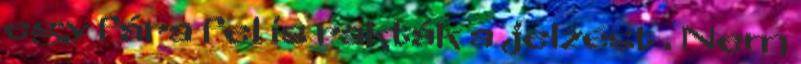
egy fára fel is rakták a jelzést . Nem